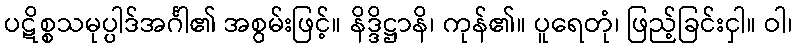
ပဋိစ္စသမုပ္ပါဒ်အင်္ဂါ၏ အစွမ်းဖြင့်။ နိဒ္ဒိဋ္ဌာနိ၊ ကုန်၏။ ပူရေတုံ၊ ဖြည့်ခြင်းငှါ။ ဝါ၊